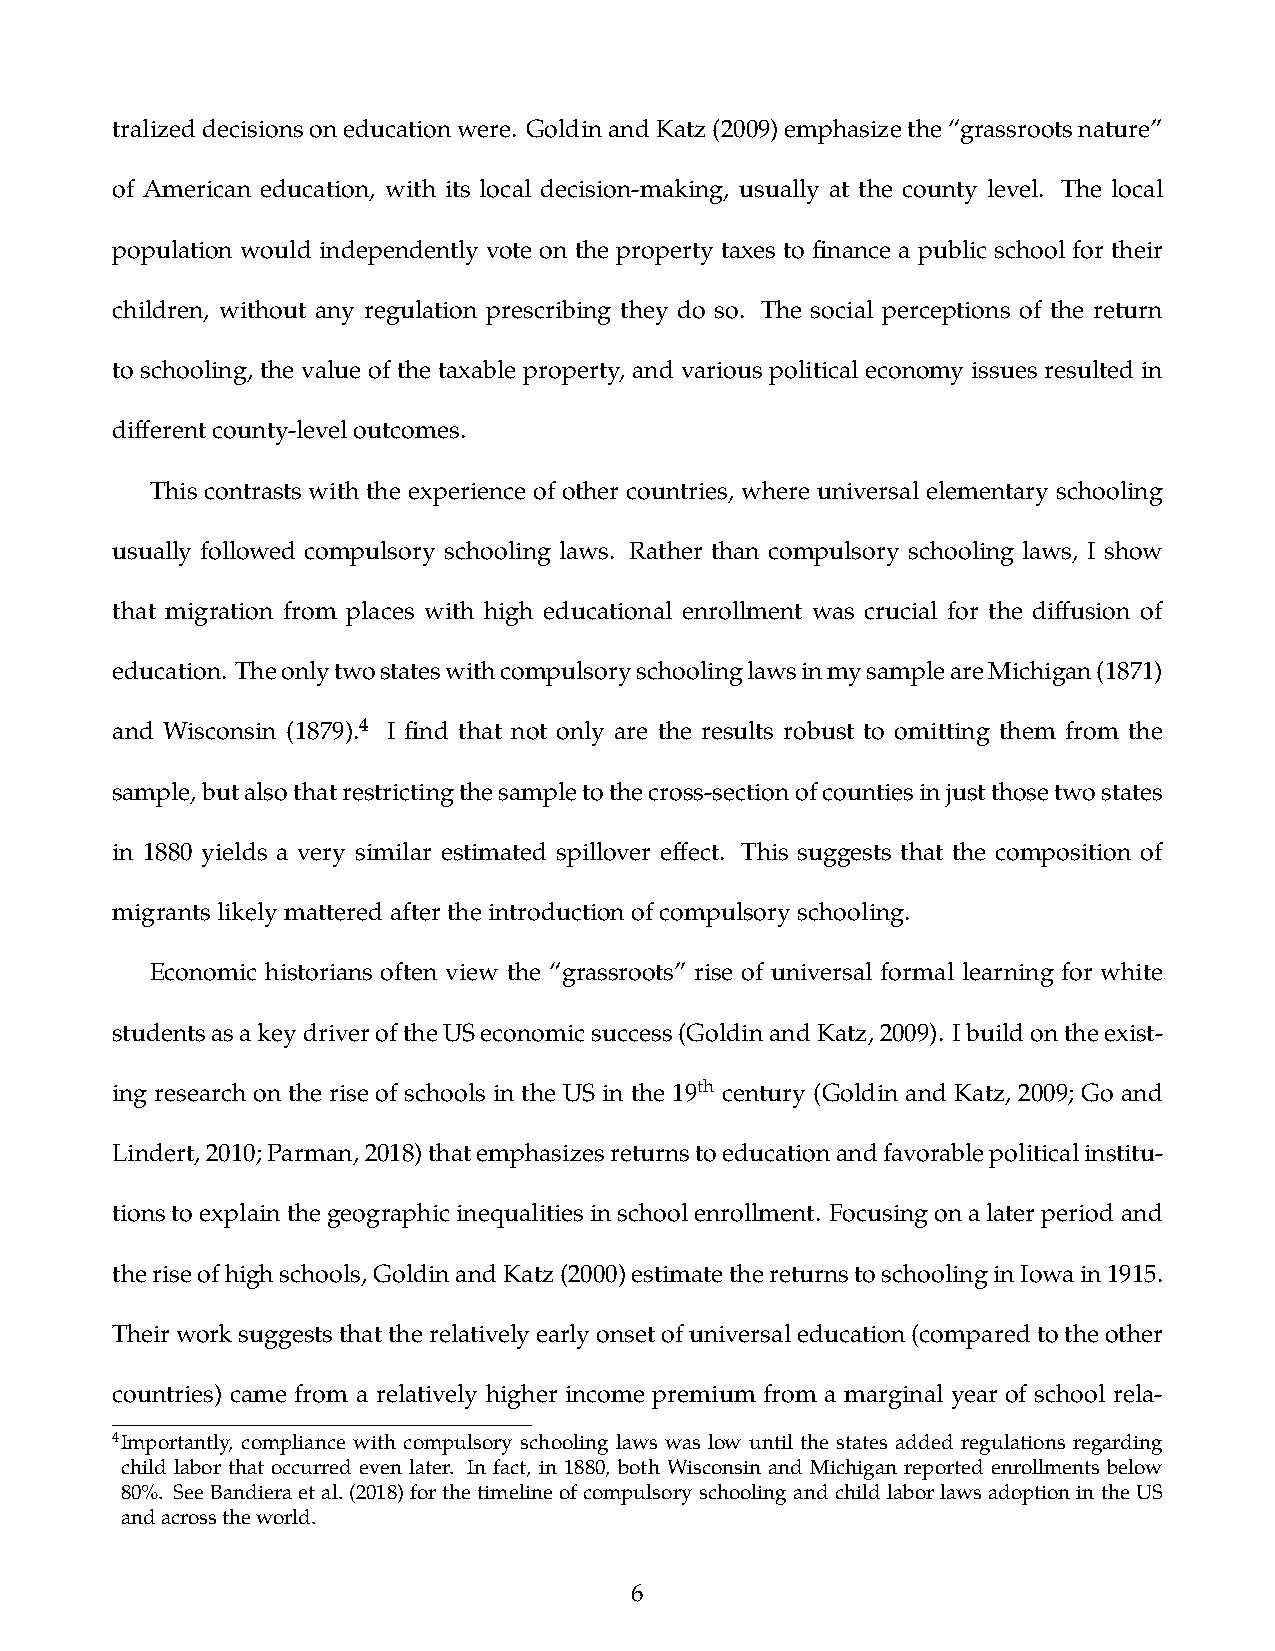
tralizeddecisionsoneducationwere. GoldinandKatz(2009)emphasizethe“grassrootsnature”
 of American education, with its local decision-making, usually at the county level. The local
 population would independently vote on the property taxes to finance a public school for their
 children, without any regulation prescribing they do so. The social perceptions of the return
 to schooling, the value of the taxable property, and various political economy issues resulted in
 differentcounty-leveloutcomes.
 This contrasts with the experience of other countries, where universal elementary schooling
 usually followed compulsory schooling laws. Rather than compulsory schooling laws, I show
 that migration from places with high educational enrollment was crucial for the diffusion of
 education. TheonlytwostateswithcompulsoryschoolinglawsinmysampleareMichigan(1871)
 and Wisconsin (1879).4 I find that not only are the results robust to omitting them from the
 sample,butalsothatrestrictingthesampletothecross-sectionofcountiesinjustthosetwostates
 in 1880 yields a very similar estimated spillover effect. This suggests that the composition of
 migrantslikelymatteredaftertheintroductionofcompulsoryschooling.
 Economic historians often view the “grassroots” rise of universal formal learning for white
 studentsasakeydriveroftheUSeconomicsuccess(GoldinandKatz,2009). Ibuildontheexist-
 ing research on the rise of schools in the US in the 19th century (Goldin and Katz, 2009; Go and
 Lindert,2010;Parman,2018)thatemphasizesreturnstoeducationandfavorablepoliticalinstitu-
 tionstoexplainthegeographicinequalitiesinschoolenrollment. Focusingonalaterperiodand
 theriseofhighschools,GoldinandKatz(2000)estimatethereturnstoschoolinginIowain1915.
 Theirworksuggeststhattherelativelyearlyonsetofuniversaleducation(comparedtotheother
 countries) came from a relatively higher income premium from a marginal year of school rela-
 4Importantly, compliance with compulsory schooling laws was low until the states added regulations regarding
 child labor that occurred even later. In fact, in 1880, both Wisconsin and Michigan reported enrollments below
 80%. SeeBandieraetal.(2018)forthetimelineofcompulsoryschoolingandchildlaborlawsadoptionintheUS
 andacrosstheworld.
 6